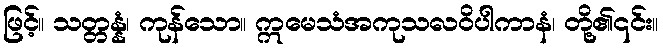
ဖြင့်။ သတ္တန္နံ၊ ကုန်သော။ ဣမေသံအကုသလဝိပါကာနံ၊ တို့၏၎င်း။